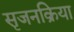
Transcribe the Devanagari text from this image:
सृजनक्रिया